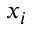
x _ { i }